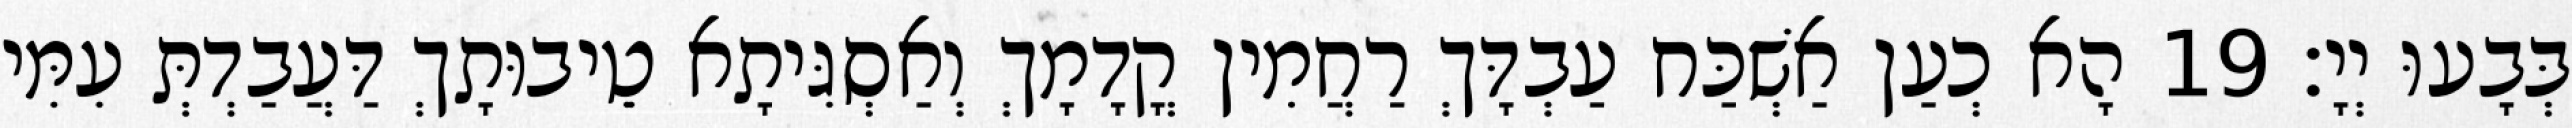
בְּבָעוּ יְיָ׃ 19 הָא כְעַן אַשְׁכַּח עַבְדָּךְ רַחֲמִין קֳדָמָךְ וְאַסְגִּיתָא טֵיבוּתָךְ דַּעֲבַדְתְּ עִמִּי